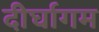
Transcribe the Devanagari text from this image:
दीर्घागम